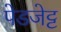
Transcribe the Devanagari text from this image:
पेडजेट्ट